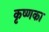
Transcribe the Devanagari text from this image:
कृष्णका